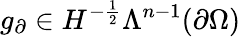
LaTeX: g_{\partial}\in H^{-\frac{1}{2}}\Lambda^{n-1}(\partial\Omega)